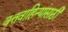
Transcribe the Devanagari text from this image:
वृत्तवाहिन्यांसाठी